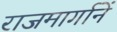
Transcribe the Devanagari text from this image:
राजमार्गानें